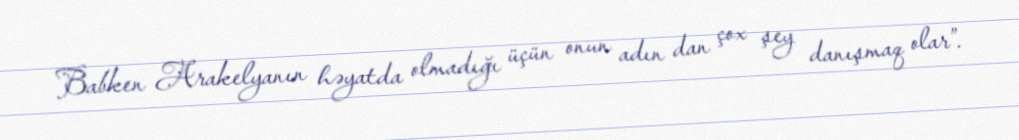
Babken Arakelyanın həyatda olmadığı üçün onun adın dan çox şey danışmaq olar”.